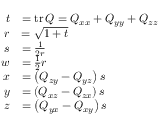
{ \begin{array} { r l } { t } & { = \operatorname { t r } Q = Q _ { x x } + Q _ { y y } + Q _ { z z } } \\ { r } & { = { \sqrt { 1 + t } } } \\ { s } & { = { \frac { 1 } { 2 r } } } \\ { w } & { = { \frac { 1 } { 2 } } r } \\ { x } & { = \left( Q _ { z y } - Q _ { y z } \right) s } \\ { y } & { = \left( Q _ { x z } - Q _ { z x } \right) s } \\ { z } & { = \left( Q _ { y x } - Q _ { x y } \right) s } \end{array} }